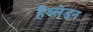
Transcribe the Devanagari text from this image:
हैंब्लेडन